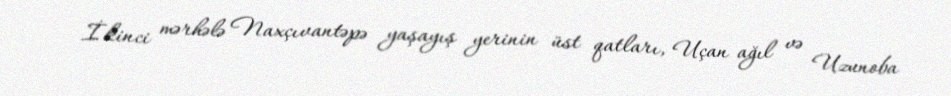
İkinci mərhələ Naxçıvantəpə yaşayış yerinin üst qatları, Uçan ağıl və Uzunoba